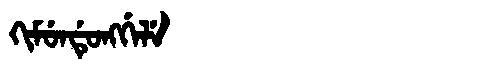
Manchu: ᡴᡳᠮᡠᠨᡩᡠᠩᡤᡝᠯᡝ
Romanization: KIMUNDUNGGELE